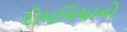
રોમનિયાનો